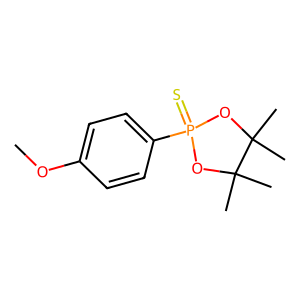
SMILES: COc1ccc(P2(=S)OC(C)(C)C(C)(C)O2)cc1
Inhibits HIV replication: No